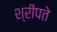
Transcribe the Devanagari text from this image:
श्रीपते